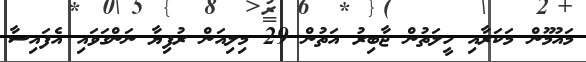
މައުމޫން މަކަރާއި ހީލަތުން ޖާބިރު އަތުން 29 މިލިއަން ރުފިޔާ ނަންގަވައި އެފައިސާ